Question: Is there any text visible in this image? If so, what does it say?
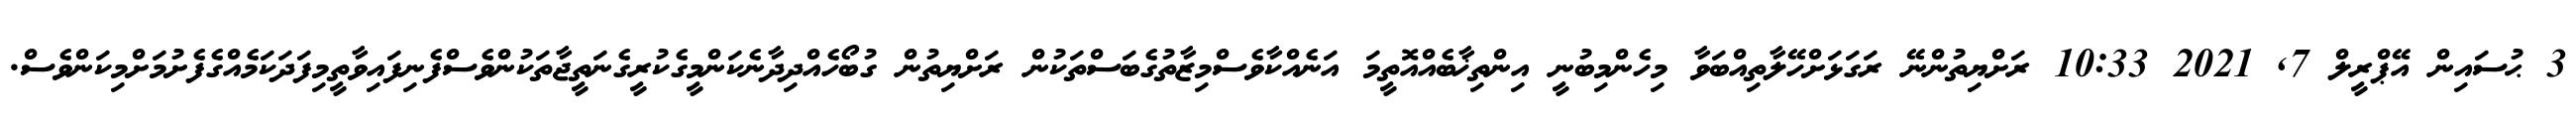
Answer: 3 ޙުސައިން އޭޕްރީލް 7, 2021 10:33 ރަށްޔިތުންނޭ ރަގަޅަށްހޭލާތިއްބަވާ މިހެންމިބުނީ އިންތިޚާބެއްއޮތީމަ އަނެއްކާވެސްމިޒާތުގެބަސްތަކުން ރަށްޔިތުން ގުބޯހެއްދިދާނެކަންމީގެކުރީގެނަތީޖާތަކުންވެސްފެނިފައިވާތީމިފަދަކަމެއްގެފެށުމަށްމިކަންވެސް.